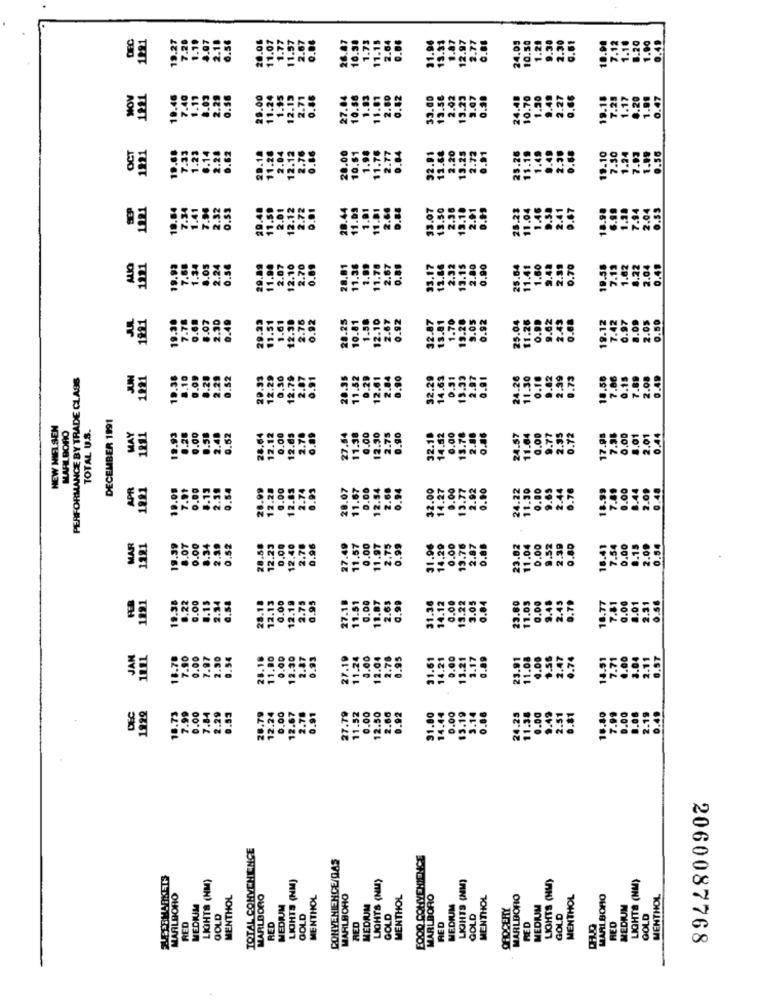
1221
28.06
11.07
31.06
24.09
10.50
13.91
0.61
10.98
1.90
0.49
NOV
28.00
3.00
.47
11.2
OCT
1221
1221
20.48
.23
1 ..
1221
29.
0.6.
8.07
29.23
13.51
1.58
12.10
2.67
0.92
32.87
13.81
9.05
0.92
2.05
0.50
2.30
12.3
19.
PERFORMANCE BY TRADE CLASS
1991
19.36
.52
20.33
12.29
32.29
.61
.49
8.1
12.
28.
24.
DECEMBER 1991
NEW MIEL SEN
MARLBORO
TOTAL U.S.
1281
0.28
0.00
MAY
19.93
0.58
0.52
1.00
12.30
2.75
0.90
0.00
2.4
28.
12.1
12.
27.
32.
14.
24.
APR
1881
19.09
28.09
12.28
0.00
28.07
32.00
14.27
0.00
13.77
2.92
0.90
24.22
7.91
12.5
0.9
18.9
19.39
1.80
MAR
1191
12.2
11.57
0.00
11.97
2.75
31.96
14.29
0.00
13.76
2.87
28.
27.
.38
.00
12.13
.36
3.05
129
0.0
0.00
11.87
2.65
0,99
JAN
1991
15.78
7.90
0.00
7.97
11.80
0.00
27.19
11.2
. 0.00
12.04
2.00
28.1
12.3
2.7
0.9
11.
DEC
0.00
6.00
12.50
0.00
18.73
7.84
26.79
12.2
12.67
2.76
27.79
11.52
0.00
2.66
0.92
91.80
ठड्डा
TOTAL CONYCHLINCE
CONVENIENCE/GAS
EQQQ CONVENIENCE
LASTMARKETS
LIGHTS (NM)
LIGHTS (NM)
LIGHTS (NU)
LIGHTS (NM)
LIGHTS (NM)
LIGHTS (NM)
LAALBORO
MENTHOL
MARLBORO
MENTHOL
MARLBORO
MENTHOL
MARLBORO
MENTHOL
MARLBORO
MENTHOL
MARI BOHO
MENTHOL
MEDIUM
MEDIUM
MEDIUM
MEDIUM
OFIDCERY
MEDIM
MEDIUM
RED
GOLD
RED
GOLD
GOLD
RED
GOLD
RED
GOLD
GOLD
RED
RED
2060087768